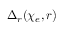
\Delta _ { r } ( \chi _ { e } , r )